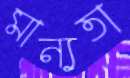
মান্যতা